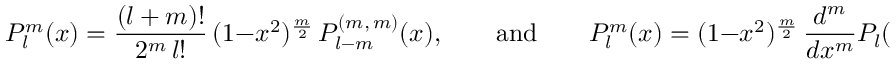
P _ { l } ^ { m } ( x ) = \frac { ( l + m ) ! } { 2 ^ { m } \, l ! } \, ( 1 - x ^ { 2 } ) ^ { \frac m 2 } \, P _ { l - m } ^ { ( m , \, m ) } ( x ) , \qquad \mathrm { a n d } \qquad P _ { l } ^ { m } ( x ) = ( 1 - x ^ { 2 } ) ^ { \frac m 2 } \, \frac { d ^ { m } } { d x ^ { m } } P _ { l } ( x ) .